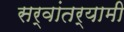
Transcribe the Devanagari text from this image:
सर्वांतर्यामी